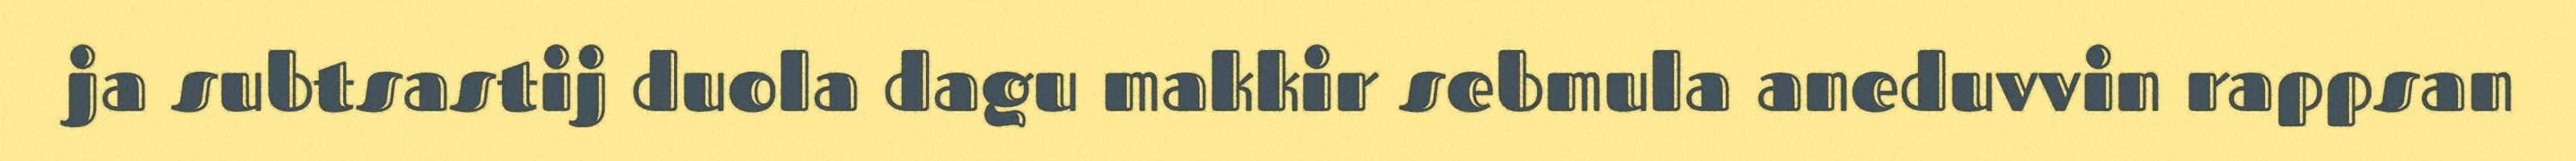
ja subtsastij duola dagu makkir sebmula aneduvvin rappsan